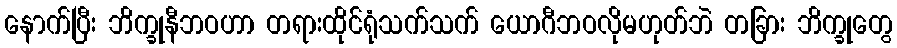
နောက်ပြီး ဘိက္ခုနီဘဝဟာ တရားထိုင်ရုံသက်သက် ယောဂီဘဝလိုမဟုတ်ဘဲ တခြား ဘိက္ခုတွေ